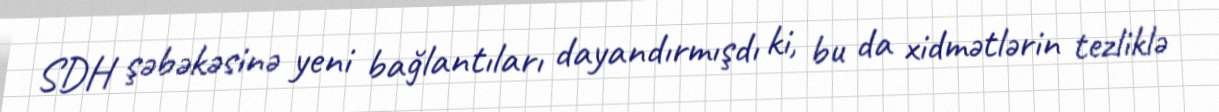
SDH şəbəkəsinə yeni bağlantıları dayandırmışdı ki, bu da xidmətlərin tezliklə